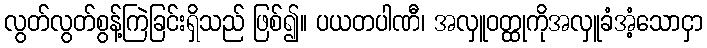
လွတ်လွတ်စွန့်ကြဲခြင်းရှိသည် ဖြစ်၍။ ပယတပါဏီ၊ အလှူဝတ္ထုကိုအလှူခံအံ့သောငှာ